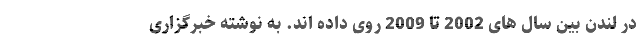
در لندن بین سال های 2002 تا 2009 روی داده اند. به نوشته خبرگزاری